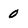
Character: 0